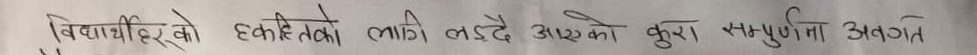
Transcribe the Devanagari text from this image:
विद्यार्थीहरूको हकहितको लागि लड्दै आएको कुरा सम्पूर्णता अवगत